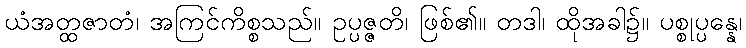
ယံအတ္ထဇာတံ၊ အကြင်ကိစ္စသည်။ ဥပ္ပဇ္ဇတိ၊ ဖြစ်၏။ တဒါ၊ ထိုအခါ၌။ ပစ္စုပ္ပန္နေ၊